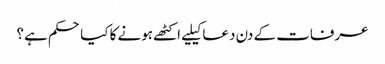
عرفات کے دن دعا کیلیے اکٹھے ہونے کا کیا حکم ہے؟